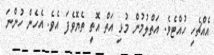
އެއްޗެހި ހުއްޓެވެ. އަތްލުމުން މުޅި އަތް އޮތީ ތެޔޮވެފަ އެވެ. އެހެން ހުންނަ